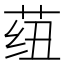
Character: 𬜺